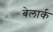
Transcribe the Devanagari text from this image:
बेलार्क